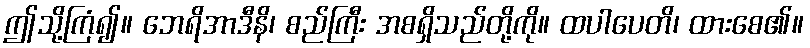
ဤသို့ကြံ၍။ ဘေရိအာဒီနိ၊ စည်ကြီး အစရှိသည်တို့ကို။ ထပါပေတိ၊ ထားစေ၏။